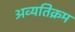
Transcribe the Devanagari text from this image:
अव्यतिक्रम